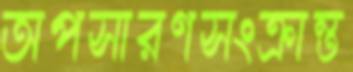
অপসারণসংক্রান্ত